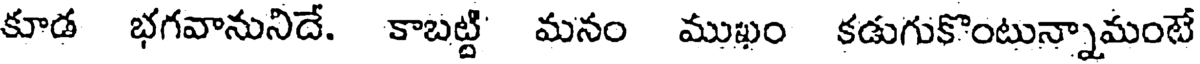
కూడ భగవానునిదే. కాబట్టి మనం ముఖం కడుగుకొంటున్నామంటే